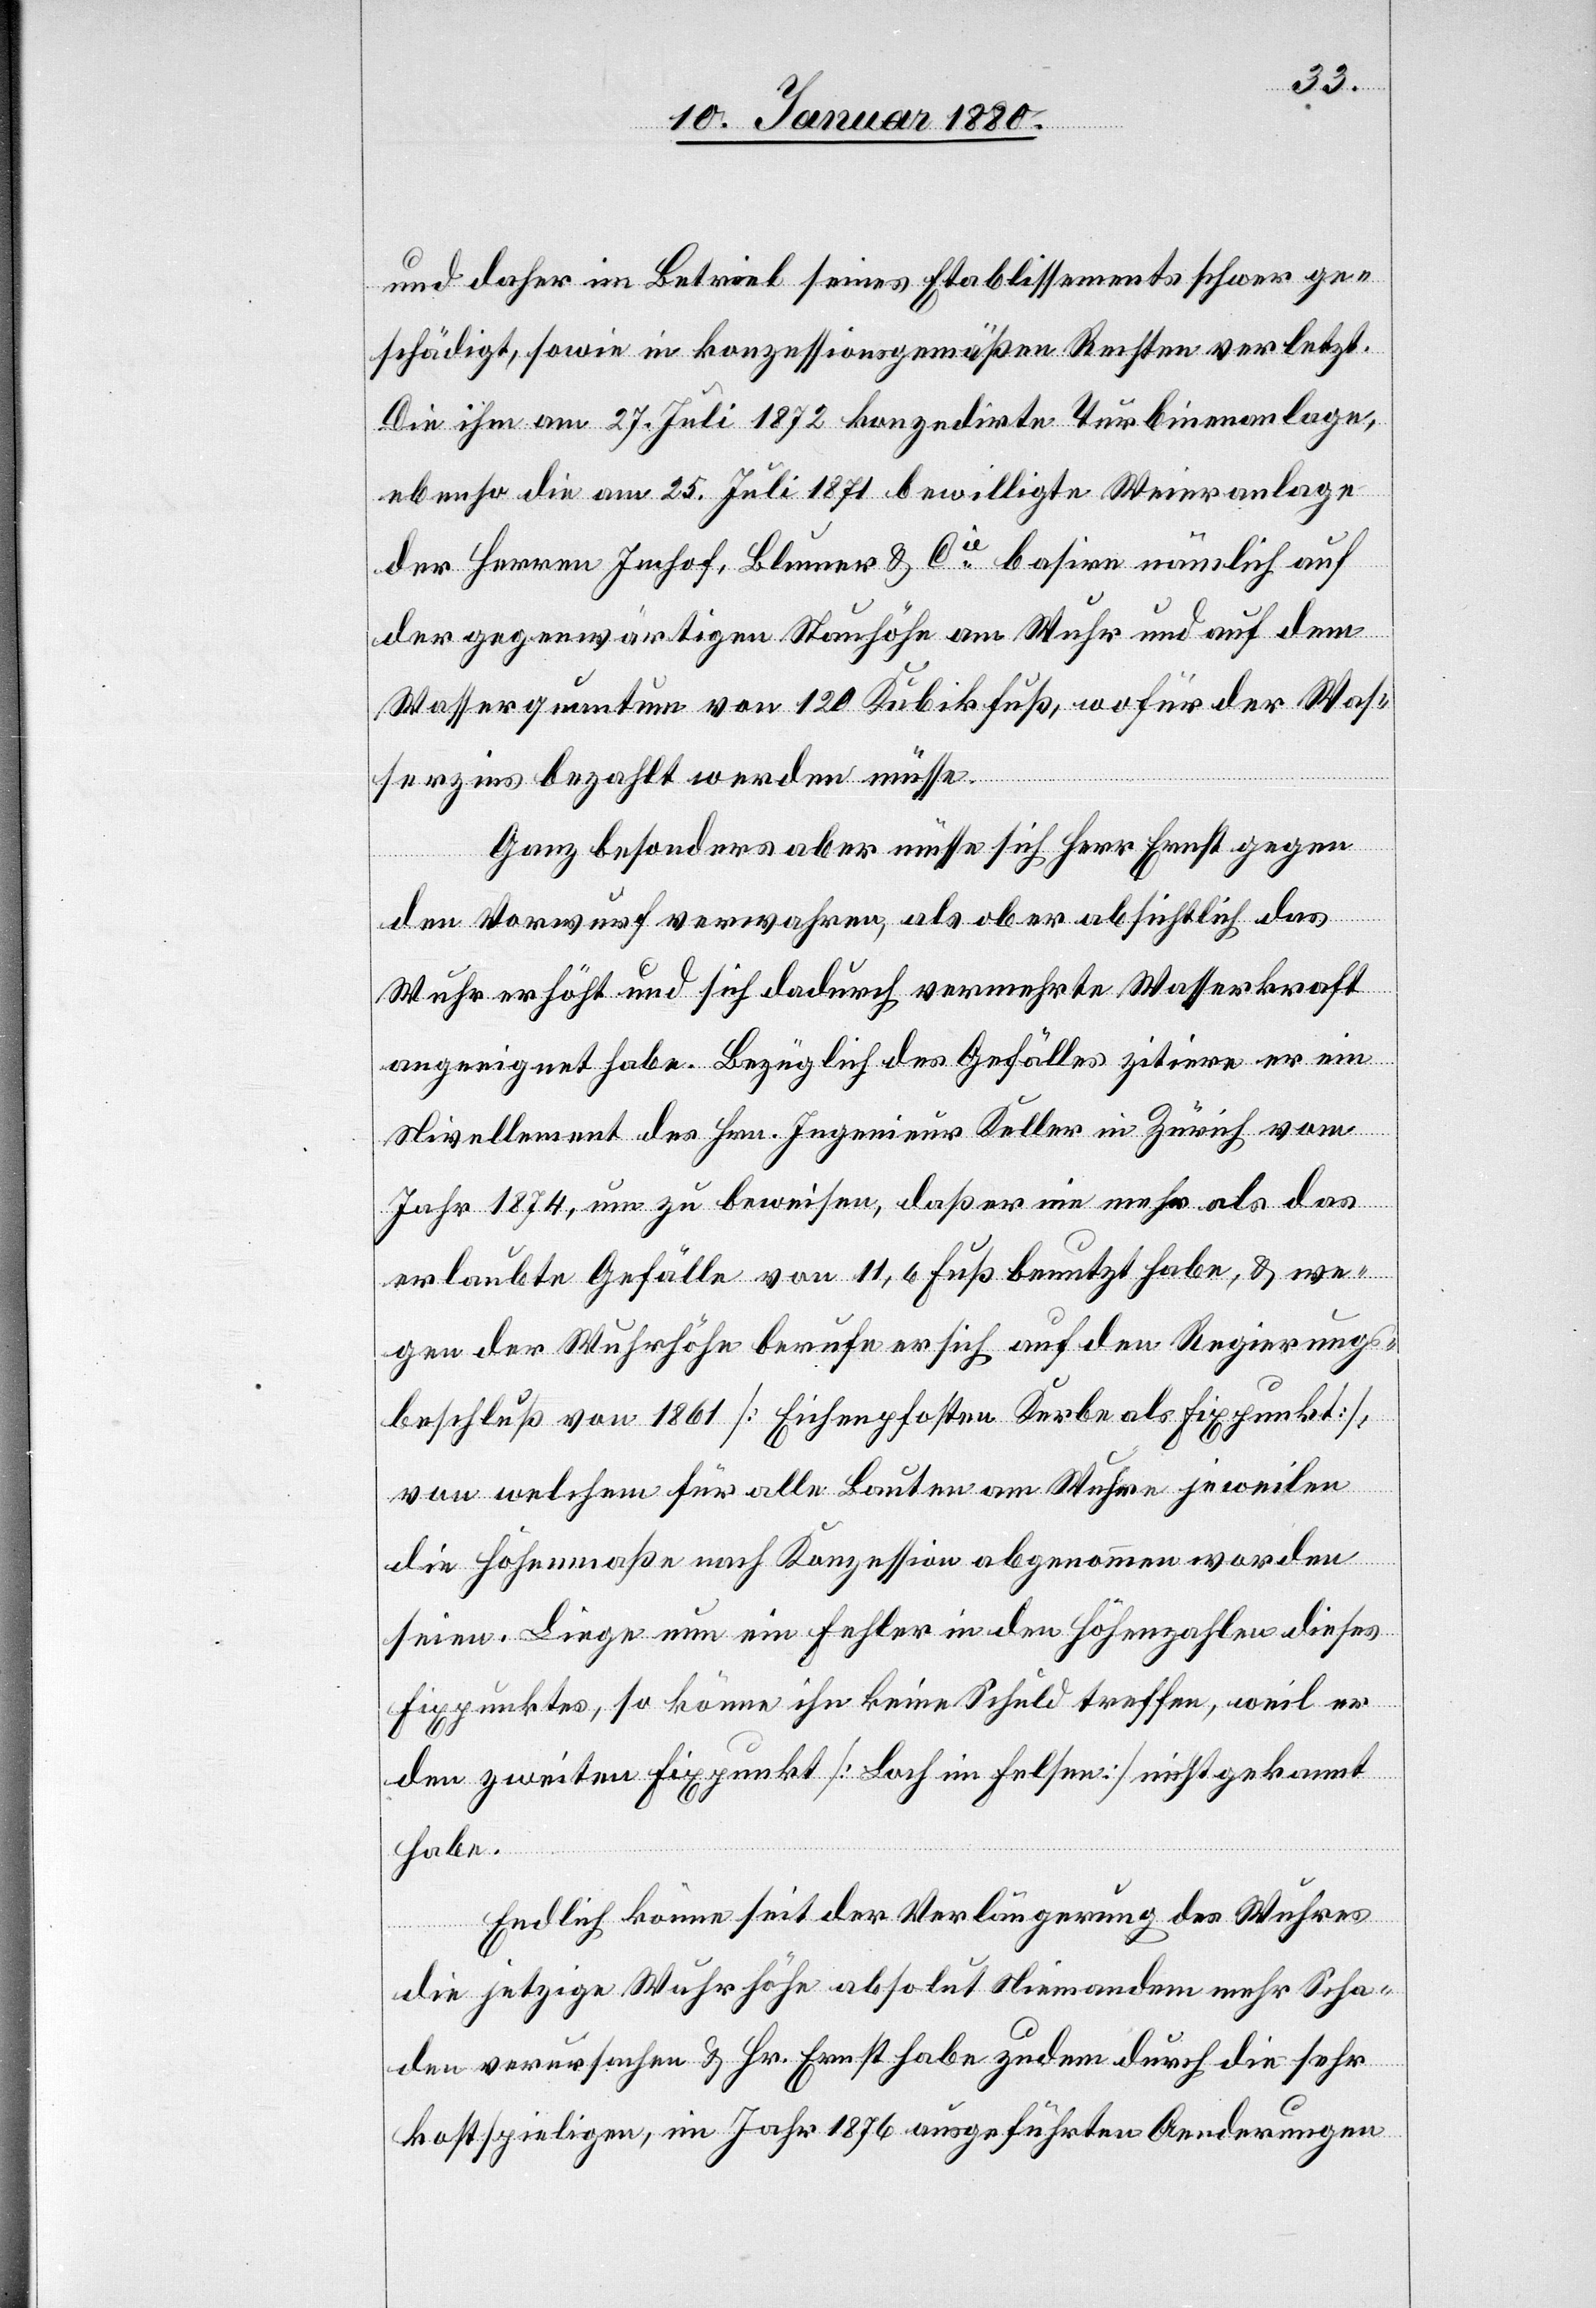
und daher im Betrieb seine Etablissements schwer ge¬
schädigt, sowie in konzessionsgemäßen Rechten verletzt.
Die ihm am 27. Juli 1872 konzedirte Turbinenanlage,
ebenso die am 25. Juli 1871 bewilligte Weieranlage
der Herren Imhof, Blumer & Cie basire nämlich auf
der gegenwärtigen Stauhöhe am Wuhr und auf dem
Wasserquantum von 120 Kubikfuß, wofür der Was¬
serzins bezahlt werden müsse.
Ganz besonders aber müsse sich Herr Ernst gegen
den Vorwurf verwahren, als ob er absichtlich das
Wuhr erhöht und sich dadurch vermehrte Wasserkraft
angeeignet habe. Bezüglich des Gefälles zitire er ein
Nivellement des Hrn. Ingenieur Keller in Zürich, vom
Jahr 1874, um zu beweisen, daß er nie mehr als das
erlaubte Gefälle von 11,6 Fuß benutzt habe, & we¬
gen der Wuhrhöhe berufe er sich auf den Regierungs¬
beschluß von 1861 [Eichenpfosten Kerbe als Fixpunkt],
von welchem für alle Bauten am Wuhre jeweilen
die Höhenmaße nach Konzession abgenommen worden
seien. Liege nun ein Fehler in den Höhenzahlen dieses
Fixpunktes, so könne ihn keine Schuld treffen, weil er
den zweiten Fixpunkt [Loch im Felsen] nicht gekannt
habe.
Endlich könne seit der Verlängerung des Wuhres
die jetzige Wuhrhöhe absolut Niemandem mehr Scha¬
den verursachen & Hr. Ernst habe zudem durch die sehr
kostspieligen, im Jahr 1876 ausgeführten Aenderungen